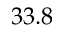
3 3 . 8